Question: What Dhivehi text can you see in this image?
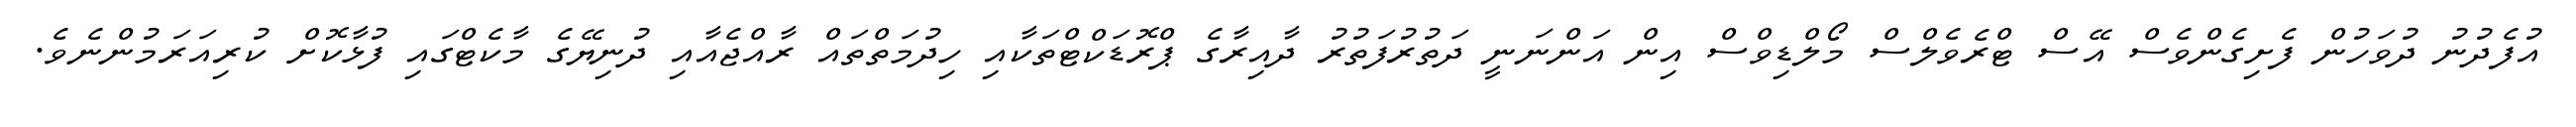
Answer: އުފެދުނު ދުވަހުން ފެށިގެންވެސް އޭސް ޓްރެވެލްސް މޯލްޑިވްސް އިން އަންނަނީ ދަތުރުފަތުރު ދާއިރާގެ ޕްރޮޑަކްޓްތަކާއި ހިދުމަތްތައް ރާއްޖެއާއި ދުނިޔޭގެ މާކެޓްގައި ފުޅާކޮށް ކުރިއަރަމުންނެވެ.